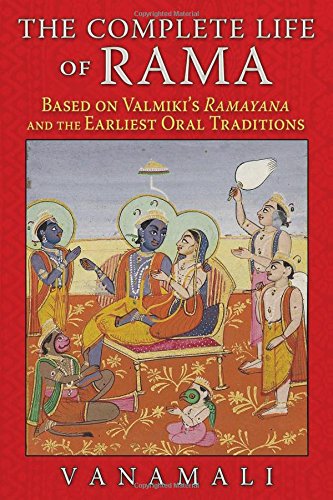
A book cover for The Complete Life of Rama: Based on Valmiki's <i>Ramayana</i> and the Earliest Oral Traditions; Vanamali; Religion & Spirituality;